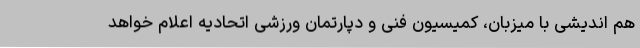
هم اندیشی با میزبان، کمیسیون فنی و دپارتمان ورزشی اتحادیه اعلام خواهد